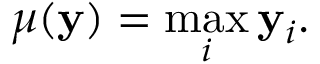
\mu ( \mathbf { y } ) = \operatorname* { m a x } _ { i } \mathbf { y } _ { i } .